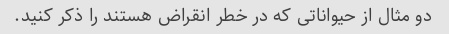
دو مثال از حیواناتی که در خطر انقراض هستند را ذکر کنید.